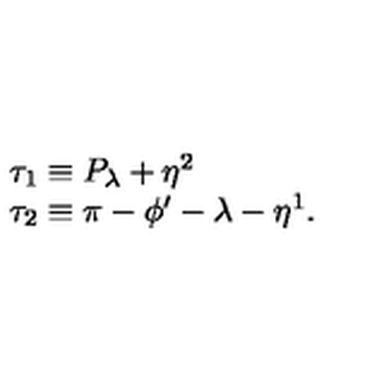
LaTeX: \begin{array} { l } { \tau _ { 1 } \equiv P _ { \lambda } + \eta ^ { 2 } } \\ { \tau _ { 2 } \equiv \pi - \phi ^ { \prime } - \lambda - \eta ^ { 1 } . } \\ \end{array}